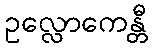
ဥလ္လောကေန္တီ